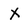
Character: X